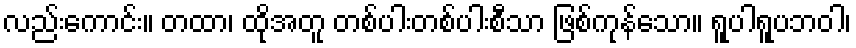
လည်းကောင်း။ တထာ၊ ထိုအတူ တစ်ပါးတစ်ပါးစီသာ ဖြစ်ကုန်သော။ ရူပါရူပဘဝါ၊